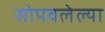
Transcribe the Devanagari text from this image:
सोपवलेल्या